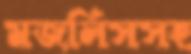
মজলিসসহ